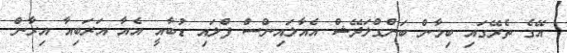
އޭގެ ތެރޭގައި ބިމާން ބަންގްލަދޭޝް އެއާލައިންސް ފްލައި ޑުބާއީ އެއާ އަރަބިއާ އިރާން